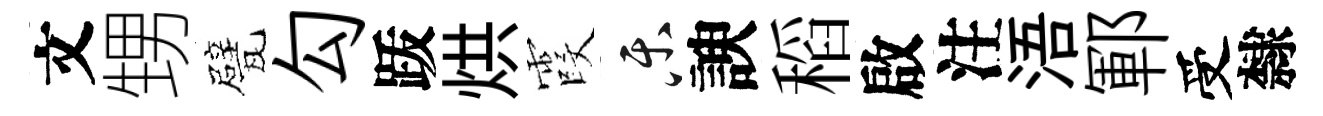
文甥甓勾䟦烘霞乐諛稻啟注浯鄆受隸